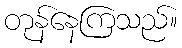
တုန်နေကြသည်။